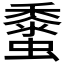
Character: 𧒁